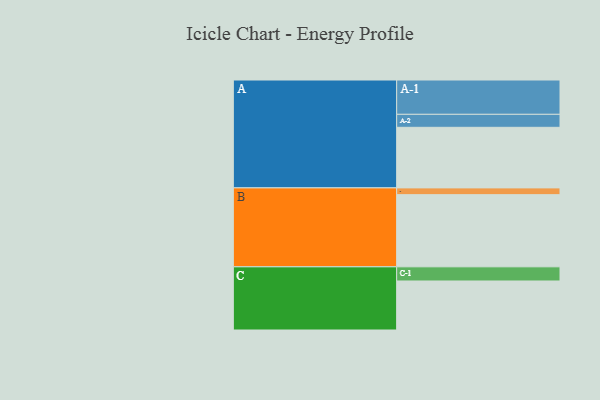
{"axis": {"x": "Segment", "y": "Value"}, "legend": ["", "A", "B", "C"], "data": [{"x": "A", "y": 466, "type": ""}, {"x": "B", "y": 555, "type": ""}, {"x": "C", "y": 377, "type": ""}, {"x": "A-1", "y": 264, "type": "A"}, {"x": "A-2", "y": 100, "type": "A"}, {"x": "B-1", "y": 52, "type": "B"}, {"x": "C-1", "y": 109, "type": "C"}]}